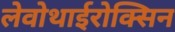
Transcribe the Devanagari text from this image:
लेवोथाईरोक्सिन